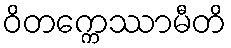
ဝိတက္ကေဿာမီတိ